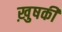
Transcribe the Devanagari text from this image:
ख़ुषकी